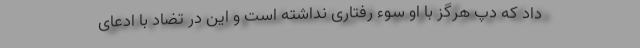
داد که دپ هرگز با او سوء رفتاری نداشته است و این در تضاد با ادعای